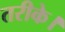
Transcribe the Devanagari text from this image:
तरीके।